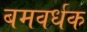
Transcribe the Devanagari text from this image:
बमवर्धक